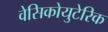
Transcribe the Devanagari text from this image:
वेसिकोयुटेरिक